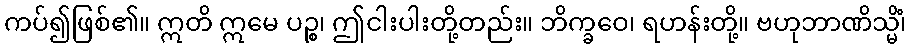
ကပ်၍ဖြစ်၏။ ဣတိ ဣမေ ပဉ္စ၊ ဤငါးပါးတို့တည်း။ ဘိက္ခဝေ၊ ရဟန်းတို့။ ဗဟုဘာဏိသ္မိံ၊